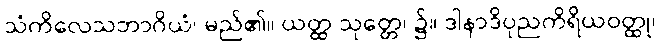
သံကိလေသဘာဂိယံ၊ မည်၏။ ယတ္ထ သုတ္တေ၊ ၌။ ဒါနာဒိပုညကိရိယဝတ္ထု၊